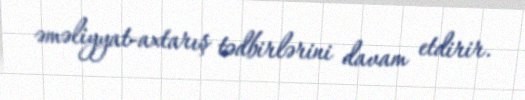
əməliyyat-axtarış tədbirlərini davam etdirir.